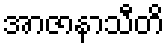
အာဇာနာသီတိ